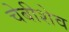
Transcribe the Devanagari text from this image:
चेबीशेव